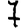
Digit: 7